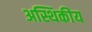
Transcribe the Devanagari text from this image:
अस्थिकीय